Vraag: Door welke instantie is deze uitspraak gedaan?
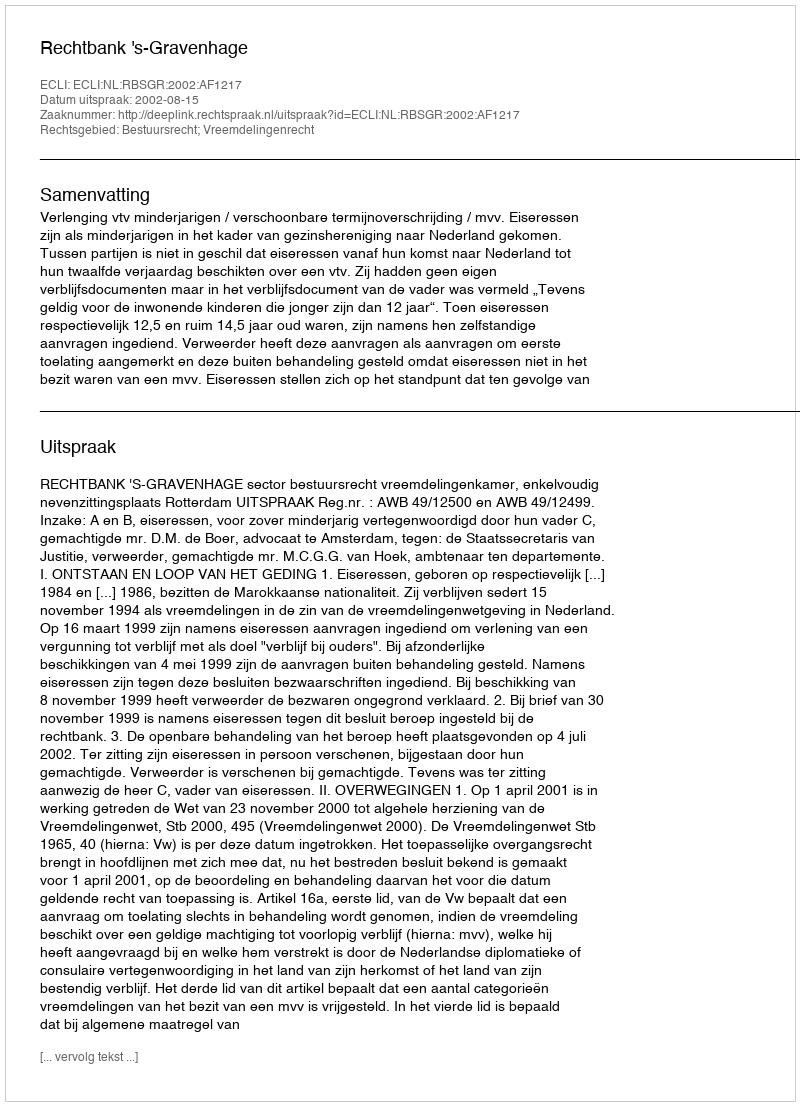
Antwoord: Rechtbank 's-Gravenhage